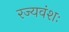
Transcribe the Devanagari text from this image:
रज्यवंशः